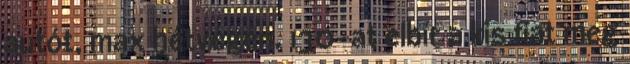
autót, max hétvégén. 130-at elbír a kis fiat meg